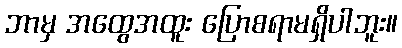
ဘာမှ အထွေအထူး ပြောစရာမရှိပါဘူး။